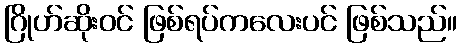
ဂြိုဟ်ဆိုးဝင် ဖြစ်ရပ်ကလေးပင် ဖြစ်သည်။